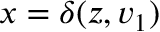
{ x = \delta ( z , v _ { 1 } ) }